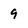
Character: 9